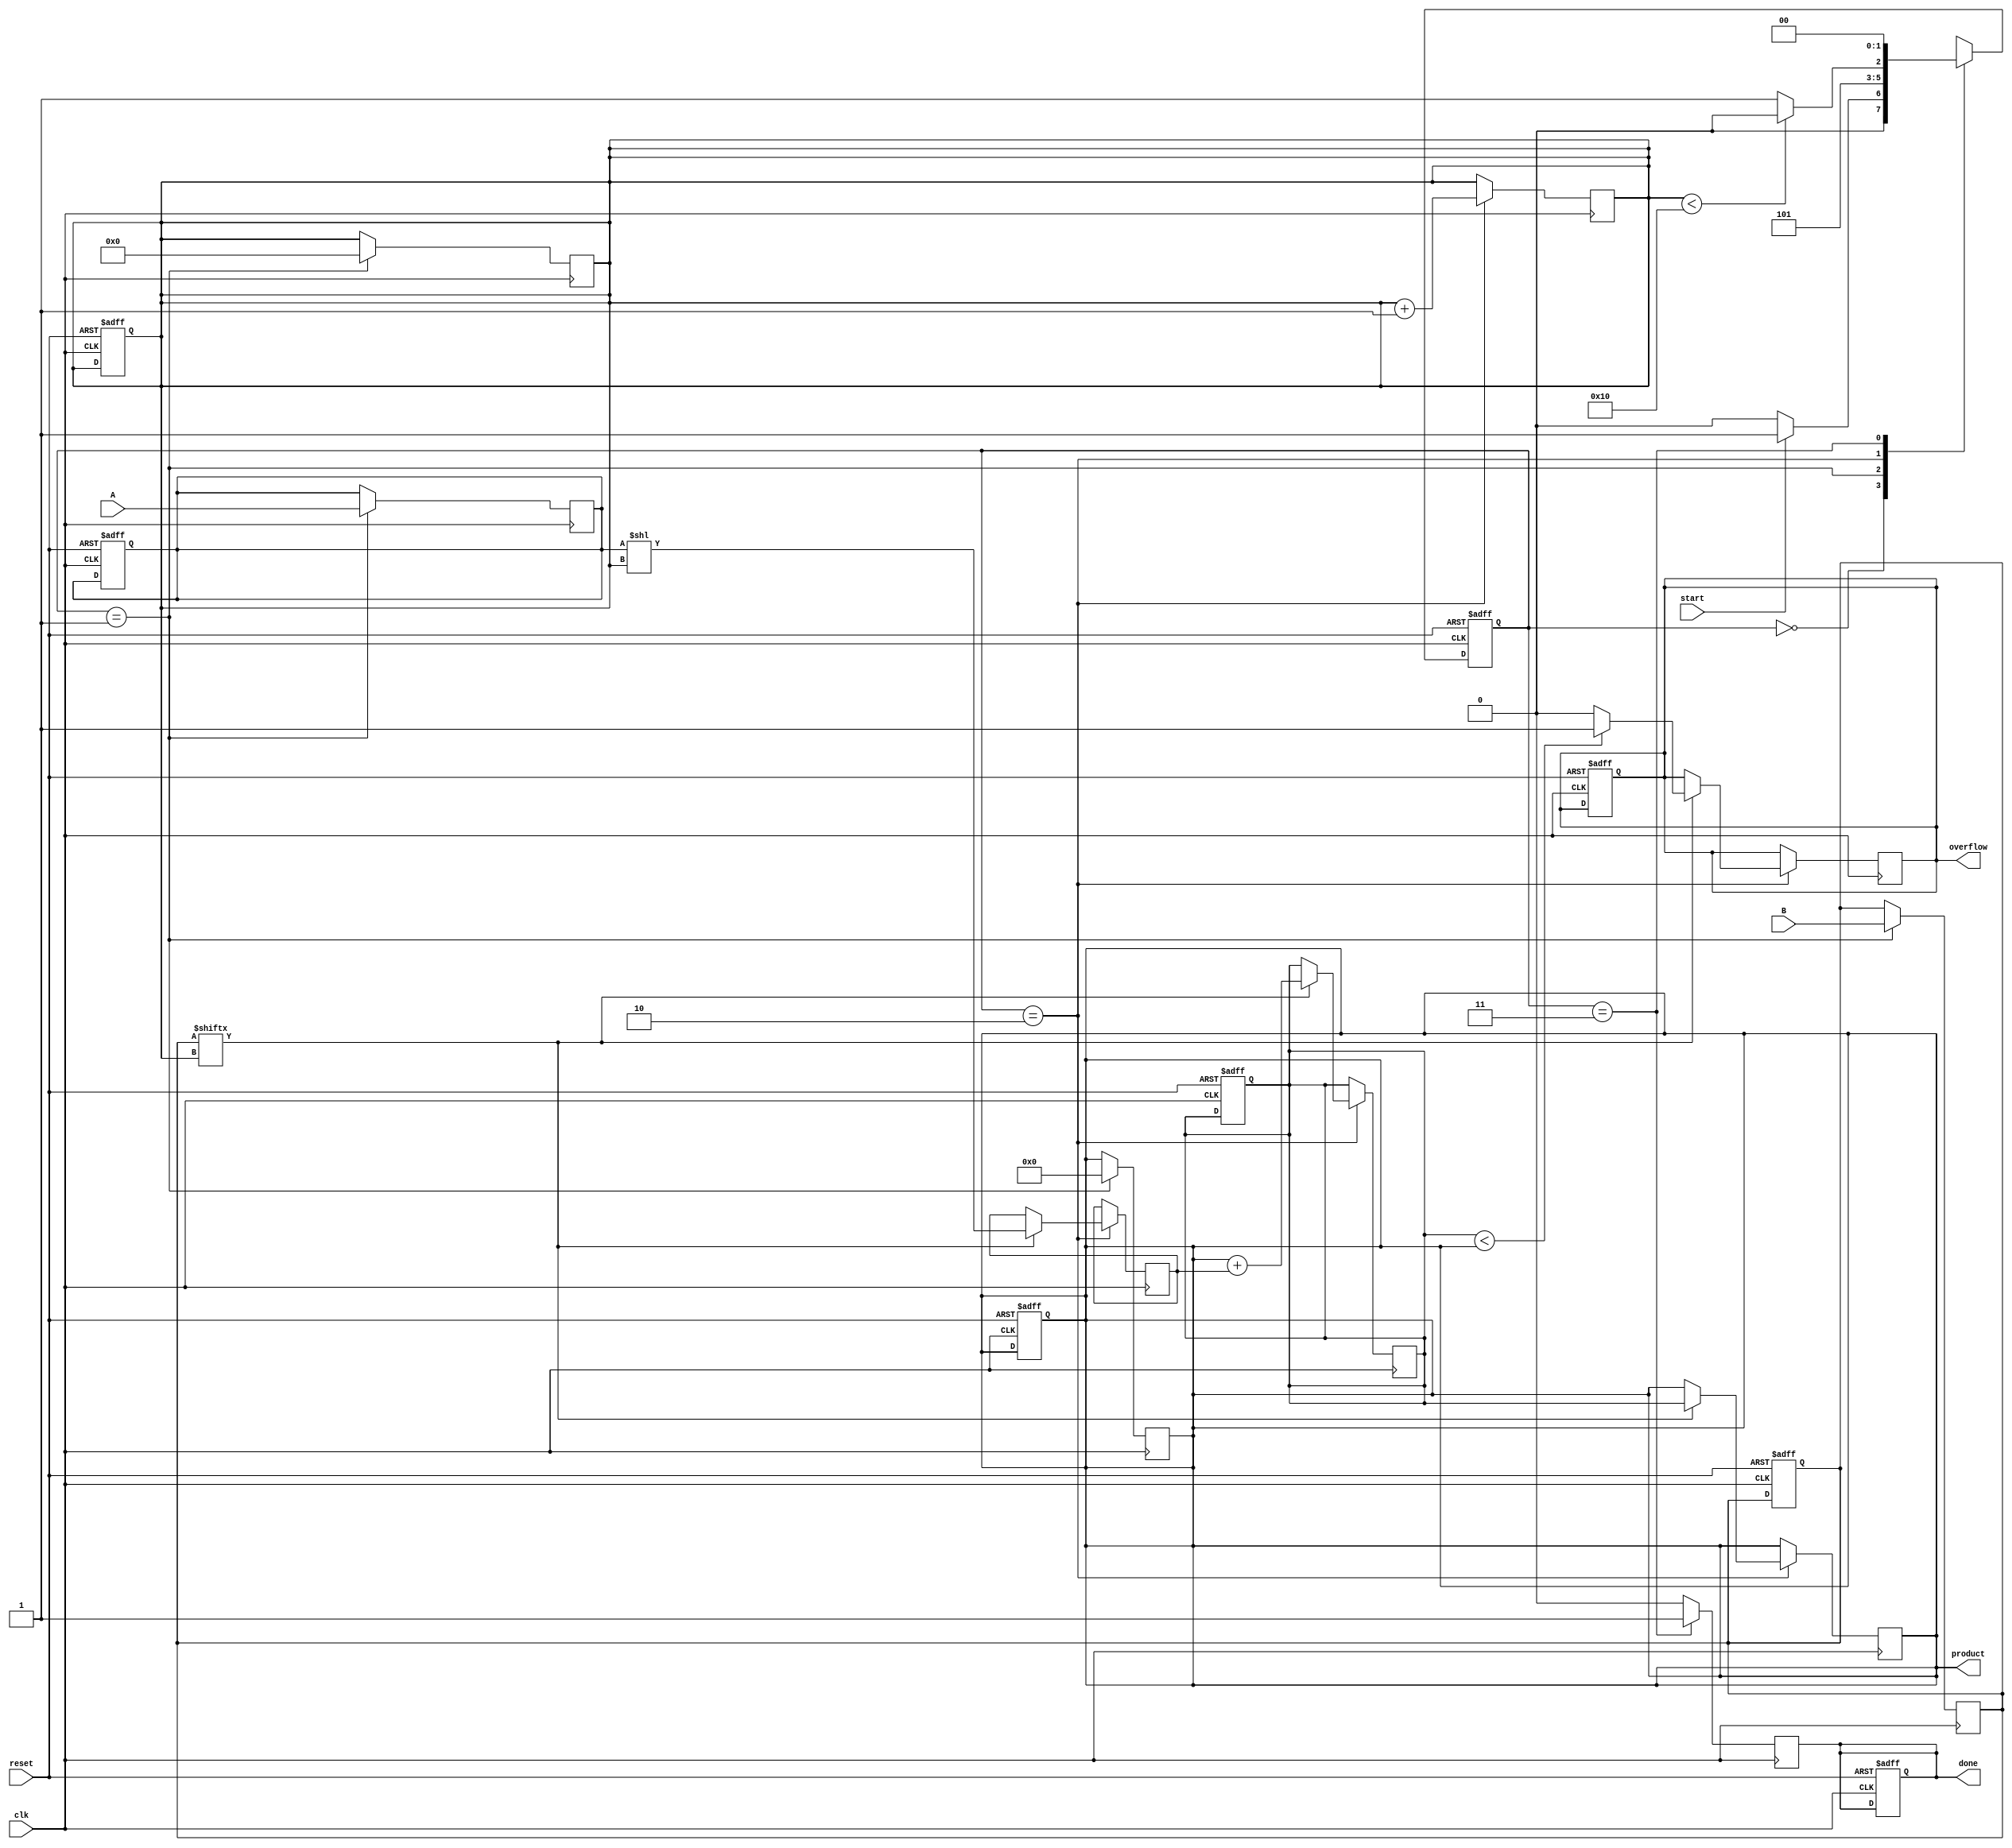
module radix2_multiplier (
    input wire [15:0] A, // Multiplicand
    input wire [15:0] B, // Multiplier
    input wire start,     // Start signal
    input wire clk,      // Clock signal
    input wire reset,    // Reset signal
    output reg [31:0] product, // Result of multiplication
    output reg done,     // Done signal
    output reg overflow  // Overflow detection
);

    reg [15:0] multiplicand;
    reg [15:0] multiplier;
    reg [31:0] partial_product;
    
    reg [4:0] count; // Counter for bit processing
    reg [31:0] temp_product;

    // State machine states
    localparam IDLE = 2'b00, LOAD = 2'b01, PROCESS = 2'b10, DONE = 2'b11;
    reg [1:0] state, next_state;

    // Initialize registers and state
    always @(posedge clk or posedge reset) begin
        if (reset) begin
            state <= IDLE;
            product <= 32'b0;
            done <= 0;
            overflow <= 0;
            count <= 5'b0;
            multiplicand <= 16'b0;
            multiplier <= 16'b0;
            temp_product <= 32'b0;
        end else begin
            state <= next_state;
        end
    end

    // State machine for control logic
    always @(*) begin
        case (state)
            IDLE: begin
                if (start) begin
                    next_state = LOAD;
                end else begin
                    next_state = IDLE;
                end
            end
            LOAD: begin
                next_state = PROCESS;
            end
            PROCESS: begin
                if (count < 16) begin
                    next_state = PROCESS;
                end else begin
                    next_state = DONE;
                end
            end
            DONE: begin
                next_state = IDLE;
            end
            default: next_state = IDLE;
        endcase
    end

    // Load multiplicand and multiplier
    always @(posedge clk) begin
        if (state == LOAD) begin
            multiplicand <= A;
            multiplier <= B;
            count <= 5'b0;
            product <= 32'b0; // Reset product
        end
    end

    // Process multiplication
    always @(posedge clk) begin
        if (state == PROCESS) begin
            if (multiplier[count] == 1'b1) begin
                // Generate partial product
                partial_product <= multiplicand << count;
                temp_product <= product + partial_product;
                
                // Check for overflow
                if (temp_product < product) begin
                    overflow <= 1'b1; // Overflow detected
                end else begin
                    overflow <= 1'b0;
                end
                
                product <= temp_product;
            end
            
            count <= count + 1; // Move to next bit
        end
    end

    // Indicate done state
    always @(posedge clk) begin
        if (state == DONE) begin
            done <= 1'b1;
        end else begin
            done <= 1'b0;
        end
    end

endmodule